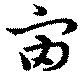
宙